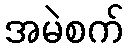
အမဲစက်